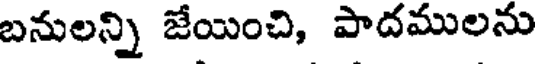
బనులన్ని జేయించి, పాదములను